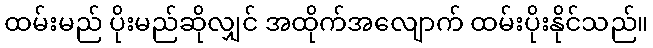
ထမ်းမည် ပိုးမည်ဆိုလျှင် အထိုက်အလျောက် ထမ်းပိုးနိုင်သည်။